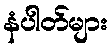
နံပါတ်များ